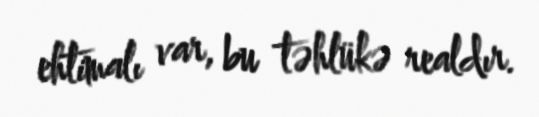
ehtimalı var, bu təhlükə realdır.